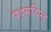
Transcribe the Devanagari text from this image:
पद्मचिन्ह